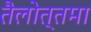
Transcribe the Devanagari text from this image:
तैलोत्तमा